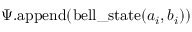
\boldsymbol \Psi . \mathrm { a p p e n d } ( \mathrm { b e l l \_ s t a t e } ( a _ { i } , b _ { i } ) )